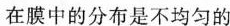
在膜中的分布是不均匀的